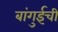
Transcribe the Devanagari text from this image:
बांगुईची